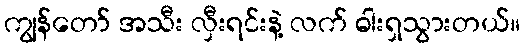
ကျွန်တော် အသီး လှီးရင်းနဲ့ လက် ဓါးရှသွားတယ်။